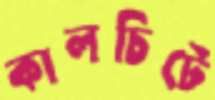
কালচিটে